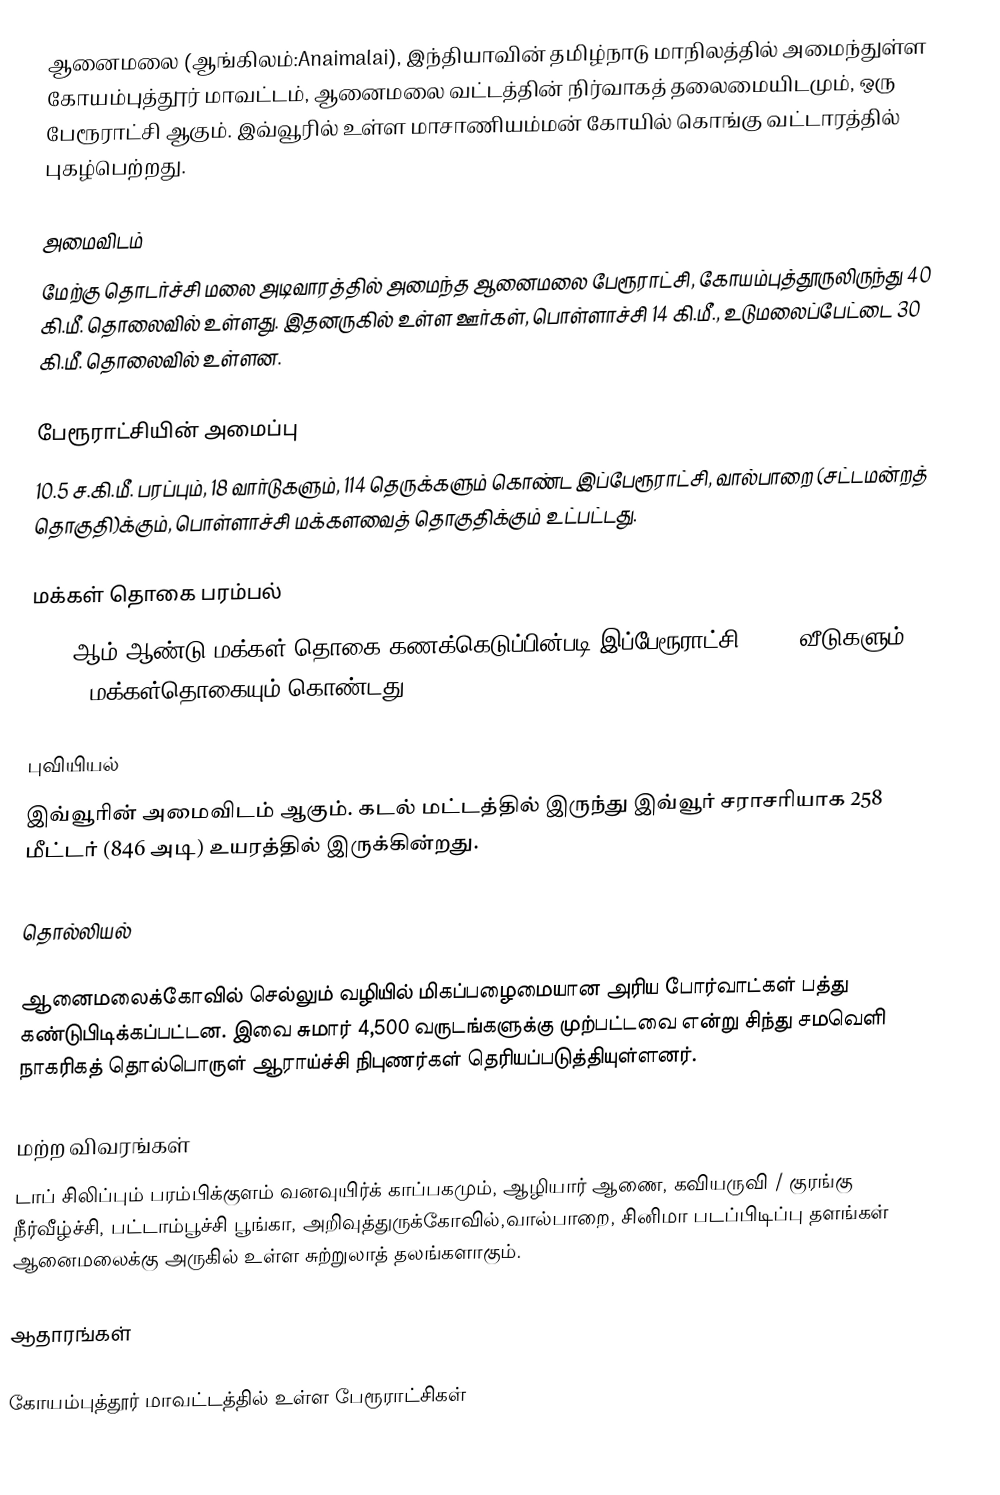
ஆனைமலை (ஆங்கிலம்:Anaimalai), இந்தியாவின் தமிழ்நாடு மாநிலத்தில் அமைந்துள்ள கோயம்புத்தூர் மாவட்டம், ஆனைமலை வட்டத்தின் நிர்வாகத் தலைமையிடமும், ஒரு பேரூராட்சி ஆகும். இவ்வூரில் உள்ள மாசாணியம்மன் கோயில் கொங்கு வட்டாரத்தில் புகழ்பெற்றது.

அமைவிடம்
மேற்கு தொடர்ச்சி மலை அடிவாரத்தில் அமைந்த ஆனைமலை பேரூராட்சி, கோயம்புத்தூருலிருந்து 40 கி.மீ. தொலைவில் உள்ளது. இதனருகில் உள்ள ஊர்கள்,  பொள்ளாச்சி 14 கி.மீ., உடுமலைப்பேட்டை 30 கி.மீ. தொலைவில் உள்ளன.

பேரூராட்சியின் அமைப்பு
10.5 ச.கி.மீ. பரப்பும், 18 வார்டுகளும், 114 தெருக்களும்  கொண்ட இப்பேரூராட்சி,  வால்பாறை (சட்டமன்றத் தொகுதி)க்கும், பொள்ளாச்சி மக்களவைத் தொகுதிக்கும் உட்பட்டது.

மக்கள் தொகை பரம்பல்
2011-ஆம் ஆண்டு மக்கள் தொகை கணக்கெடுப்பின்படி  இப்பேரூராட்சி 4,933  வீடுகளும், 17,208 மக்கள்தொகையும் கொண்டது.

புவியியல்
இவ்வூரின் அமைவிடம்  ஆகும். கடல் மட்டத்தில் இருந்து இவ்வூர் சராசரியாக 258 மீட்டர் (846 அடி) உயரத்தில் இருக்கின்றது.

தொல்லியல்

ஆனைமலைக்கோவில் செல்லும் வழியில் மிகப்பழைமையான அரிய போர்வாட்கள் பத்து கண்டுபிடிக்கப்பட்டன. இவை சுமார் 4,500 வருடங்களுக்கு முற்பட்டவை என்று சிந்து சமவெளி நாகரிகத் தொல்பொருள் ஆராய்ச்சி நிபுணர்கள் தெரியப்படுத்தியுள்ளனர்.

மற்ற விவரங்கள்
 டாப் சிலிப்பும் பரம்பிக்குளம் வனவுயிர்க் காப்பகமும், ஆழியார் ஆணை, கவியருவி / குரங்கு நீர்வீழ்ச்சி, பட்டாம்பூச்சி பூங்கா, அறிவுத்துருக்கோவில்,வால்பாறை, சினிமா படப்பிடிப்பு தளங்கள்  ஆனைமலைக்கு அருகில் உள்ள சுற்றுலாத் தலங்களாகும்.

ஆதாரங்கள்

கோயம்புத்தூர் மாவட்டத்தில் உள்ள பேரூராட்சிகள்